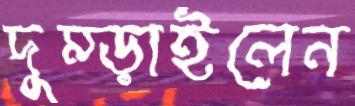
দুম্‌ড়াইলেন